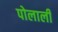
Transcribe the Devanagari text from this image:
पोलाली